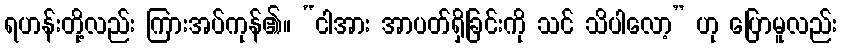
ရဟန်းတို့လည်း ကြားအပ်ကုန်၏။ “ငါအား အာပတ်ရှိခြင်းကို သင် သိပါလော့” ဟု ပြောမူလည်း